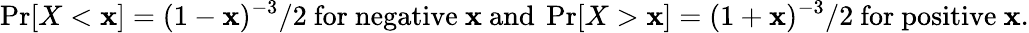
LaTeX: \operatorname*{Pr}[X<\mathbf{x}]=(1-\mathbf{x})^{-3}/2{\mathrm{{~for~negative~}}}\mathbf{x}{\mathrm{{~and~}}}\operatorname*{Pr}[X>\mathbf{x}]=(1+\mathbf{x})^{-3}/2{\mathrm{{~for~positive~}}}\mathbf{x}.